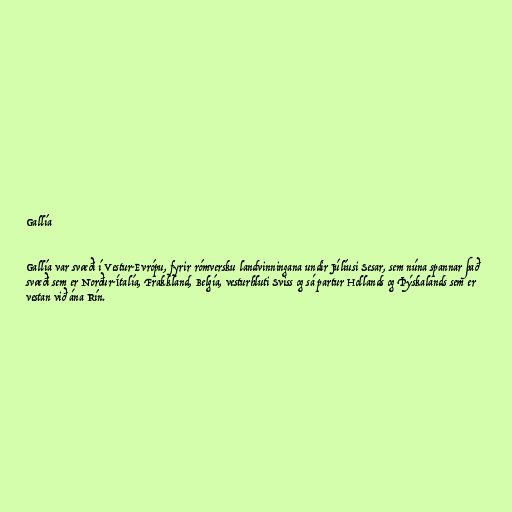
Gallía

Gallía var svæði í Vestur-Evrópu, fyrir rómversku landvinningana undir Júlíusi Sesar, sem núna spannar það
svæði sem er Norður-Ítalía, Frakkland, Belgía, vesturhluti Sviss og sá partur Hollands og Þýskalands sem er
vestan við ána Rín.